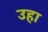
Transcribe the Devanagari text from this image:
उहा